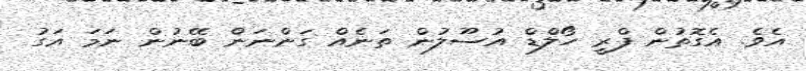
އެވެ. އެގޮތުން ފްރީ ހޯލްޑް އުސޫލުން ތަނެއް ގަންނަން ބޭނުން ނަމަ އަގު